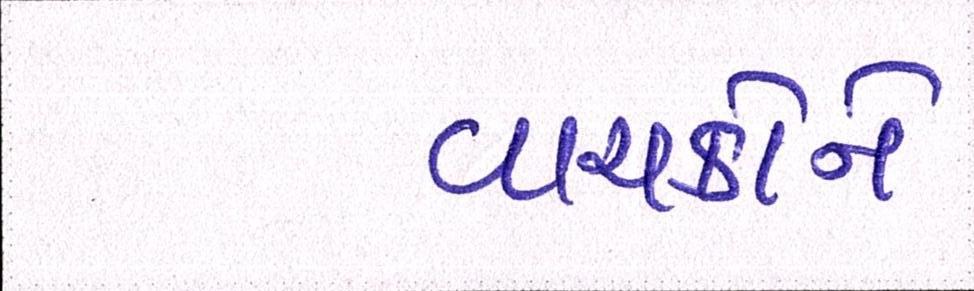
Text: વાચકોને